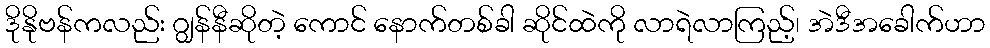
ဒိုနိုဗန်ကလည်း ဂျွန်နီဆိုတဲ့ ကောင် နောက်တစ်ခါ ဆိုင်ထဲကို လာရဲလာကြည့်၊ အဲဒီအခေါက်ဟာ